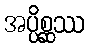
အပ္ပိစ္ဆဿ